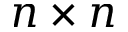
n \times n